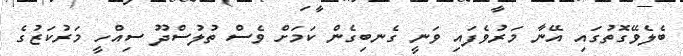
ބެލެވޭގޮތުގައި އޭނާ މަރުވެފައި ވަނީ ގެނބިގެން ކަމަށް ވެސް ތުލުސްދޫ ސިއްހީ މަރުކަޒުގެ